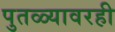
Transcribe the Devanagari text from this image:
पुतळ्यावरही